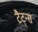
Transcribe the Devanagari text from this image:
टैट्न्स